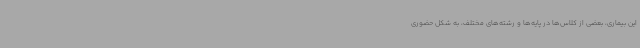
این بیماری، بعضی از کلاس‌ها در پایه‌ها و رشته‌های مختلف، به شکل حضوری